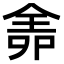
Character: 𠌆